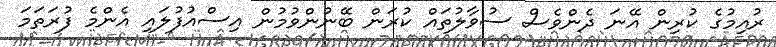
ރުއިމުގެ ކުރިން އޭނަ ދެންވެސް ސުވާލުތައް ކުރަން ބޭނުންވުމުން އިސްއުފުލައި އެންމެ ފުރަތަމަ